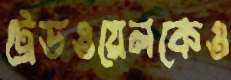
ট্রেডওয়েলকেও